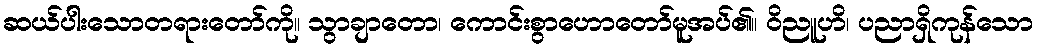
ဆယ်ပါးသောတရားတော်ကို။ သွာချာတော၊ ကောင်းစွာဟောတော်မူအပ်၏။ ဝိညူဟိ၊ ပညာရှိကုန်သော